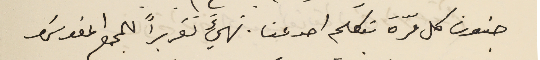
جنون كل مرّة تكلم احد عنا. نهيءَ تقريراً للمجمع المقدسَ